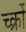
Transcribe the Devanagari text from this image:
च्क्रों